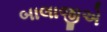
બાલાજીએ